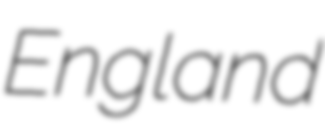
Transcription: England